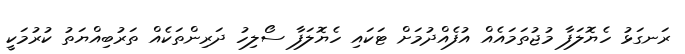
ރަނގަޅު ހެޔޮލަފާ މުޖުތަމައެއް އުފެއްދުމަށް ޓަކައި ހެޔޮލަފާ ސޯލިހު ދަރިންތަކެއް ތަރުބިއްޔަތު ކުރުމަކީ